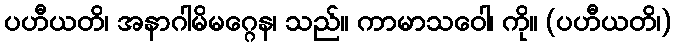
ပဟီယတိ၊ အနာဂါမိမဂ္ဂေန၊ သည်။ ကာမာသဝေါ၊ ကို။ (ပဟီယတိ၊)